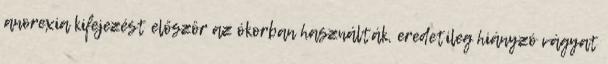
anorexia kifejezést először az ókorban használták, eredetileg hiányzó vágyat